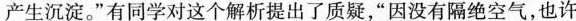
产生沉淀。”有同学对这个解析提出了质疑，”因没有隔绝空气，也许